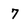
Character: 7